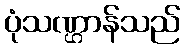
ပုံသဏ္ဌာန်သည်